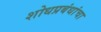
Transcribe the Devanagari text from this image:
शोधप्रबंधांचा